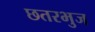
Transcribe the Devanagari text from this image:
छतरभुज